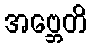
အဗ္ဘေတိ